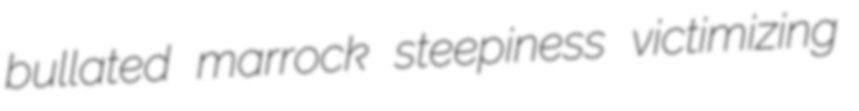
bullated marrock steepiness victimizing